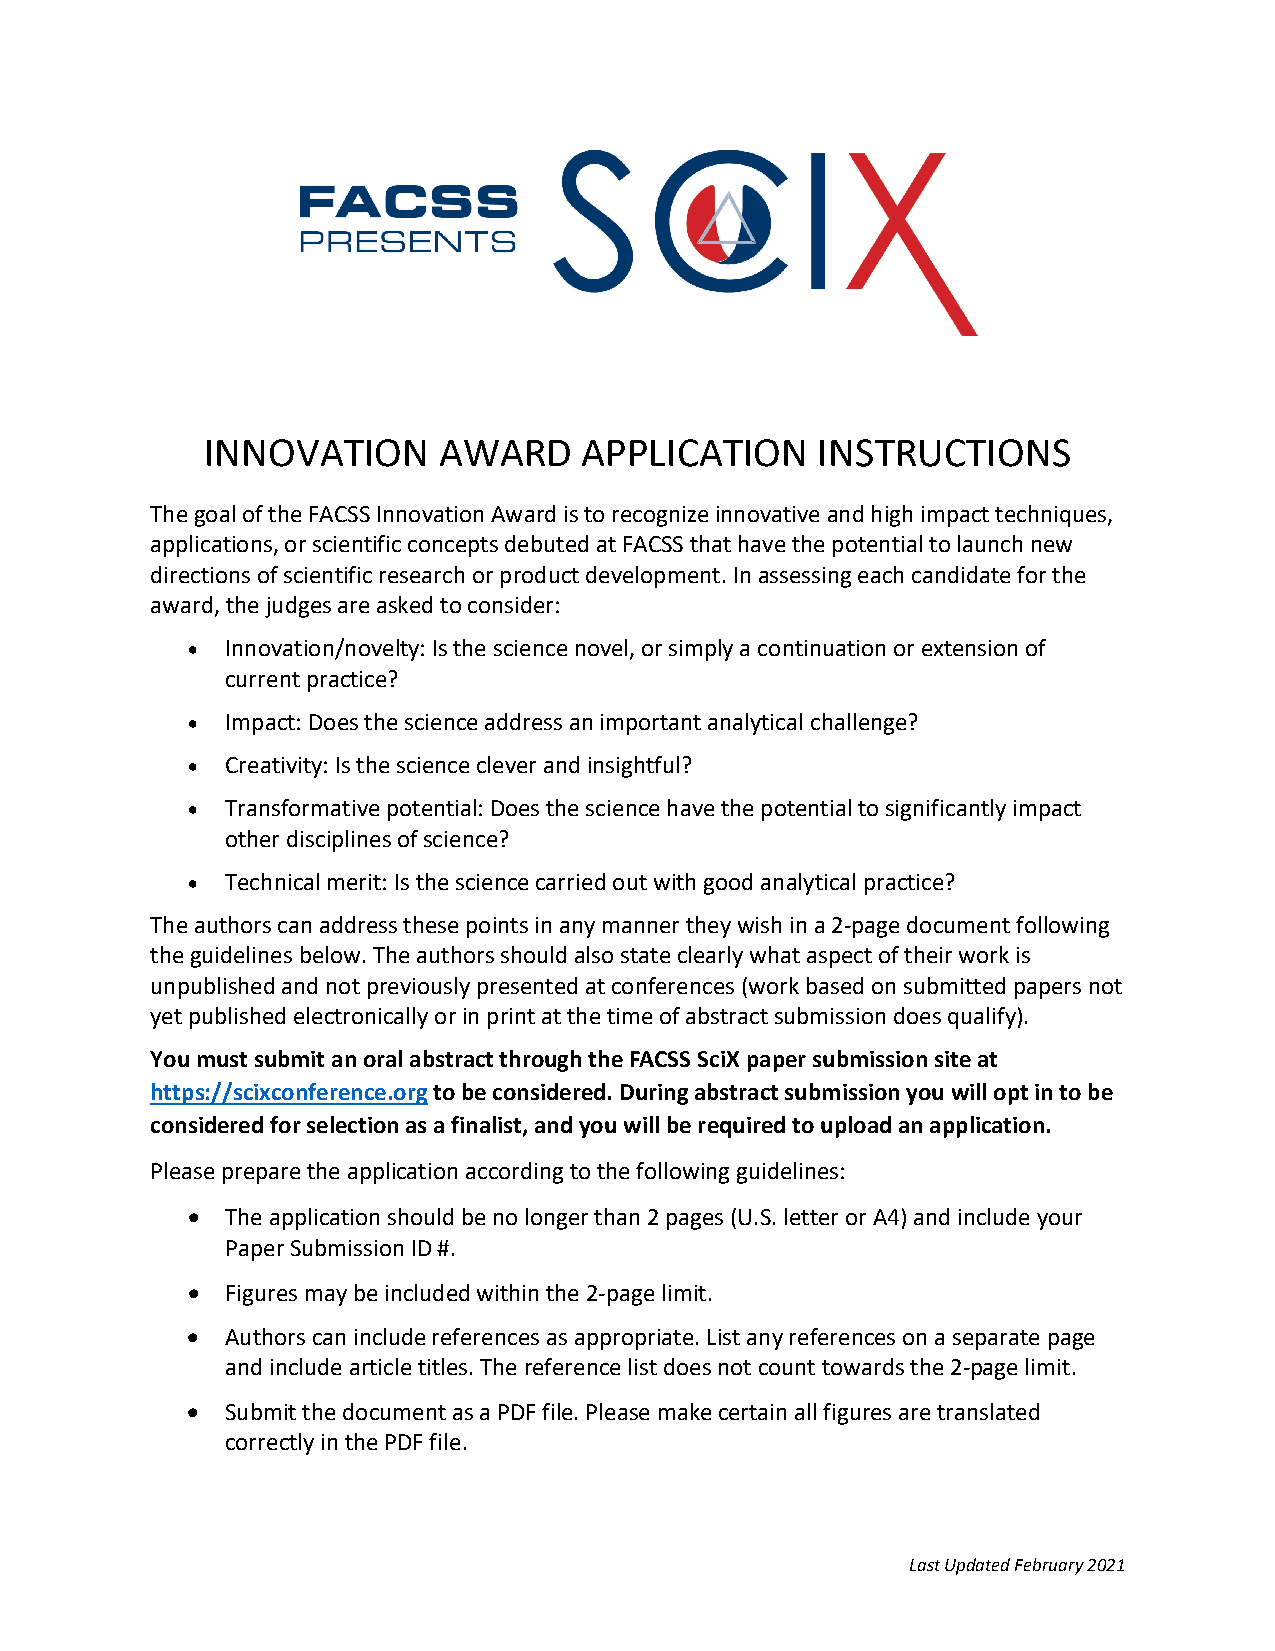
INNOVATION     AWARD     APPLICATION    INSTRUCTIONS
 The goal of the FACSS Innovation Award is to recognize innovative and high impact techniques,
 applications, or scientific concepts debuted at FACSS that have the potential to launch new
 directions of scientific research or product development. In assessing each candidate for the
 award, the judges are asked to consider:
 •  Innovation/novelty: Is the science novel, or simply a continuation or extension of
 current practice?
 •  Impact: Does the science address an important analytical challenge?
 •  Creativity: Is the science clever and insightful?
 •  Transformative potential: Does the science have the potential to significantly impact
 other disciplines of science?
 •  Technical merit: Is the science carried out with good analytical practice?
 The authors can address these points in any manner they wish in a 2-page document following
 the guidelines below. The authors should also state clearly what aspect of their work is
 unpublished and not previously presented at conferences (work based on submitted papers not
 yet published electronically or in print at the time of abstract submission does qualify).
 You must submit an oral abstract through the FACSS SciX paper submission site at
 https://scixconference.org to be considered. During abstract submission you will opt in to be
 considered for selection as a finalist, and you will be required to upload an application.
 Please prepare the application according to the following guidelines:
 •  The application should be no longer than 2 pages (U.S. letter or A4) and include your
 Paper Submission ID #.
 •  Figures may be included within the 2-page limit.
 •  Authors can include references as appropriate. List any references on a separate page
 and include article titles. The reference list does not count towards the 2-page limit.
 •  Submit the document as a PDF file. Please make certain all figures are translated
 correctly in the PDF file.
 Last Updated February 2021